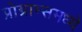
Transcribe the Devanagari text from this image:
प्रोग्राम्समध्ये